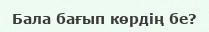
Бала бағып көрдің бе?